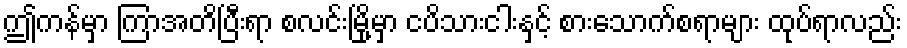
ဤကန်မှာ ကြာအတိပြီးရာ စလင်းမြို့မှာ ငပိသားငါးနှင့် စားသောက်စရာများ ထုပ်ရာလည်း